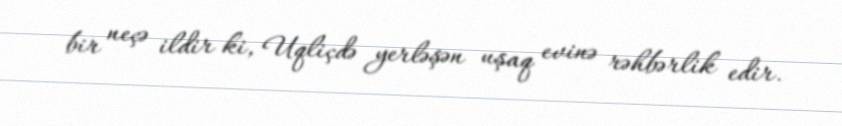
bir neçə ildir ki, Uqliçdə yerləşən uşaq evinə rəhbərlik edir.